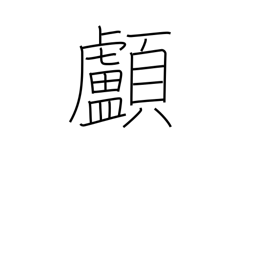
Meaning: skull